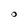
Character: O